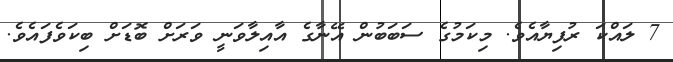
7 ލައްކަ ރުފިޔާއެވެ. މިކަމުގެ ސަބަބުން އޭނާގެ އާއިލާވަނީ ވަރަށް ބޮޑަށް ބިކަވެފައެވެ.